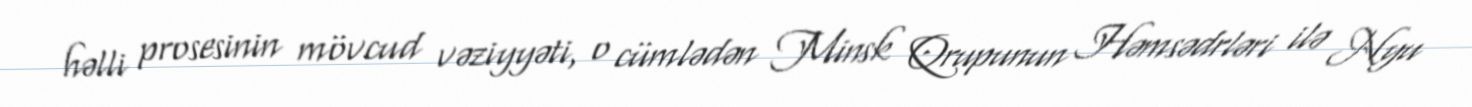
həlli prosesinin mövcud vəziyyəti, o cümlədən Minsk Qrupunun Həmsədrləri ilə Nyu